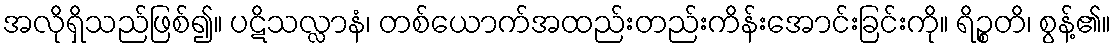
အလိုရှိသည်ဖြစ်၍။ ပဋိသလ္လာနံ၊ တစ်ယောက်အထည်းတည်းကိန်းအောင်းခြင်းကို။ ရိဉ္စတိ၊ စွန့်၏။